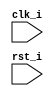
`timescale 1ns / 1ps
//Subject:     Architecture Project1 - Simulator
//--------------------------------------------------------------------------------
//Version:     1
//--------------------------------------------------------------------------------
//Writer:      
//----------------------------------------------
//Date:        
//----------------------------------------------
//Description: 
//--------------------------------------------------------------------------------
module Simulator(
        clk_i,
		rst_i
		);

//Parameter
`define INSTR_NUM 256
`define DATA_NUM 256
//instuction define
//R-type
`define ADD 6'h20
`define SUB 6'h22
`define AND 6'h24
`define OR 6'h25
`define SLT 6'h2A
//I-type
`define ADDI 6'h08
`define LW 6'h23
`define SW 6'h2B
`define SLTI 6'h0A
`define BEQ 6'h04


//I/O ports
input clk_i;
input rst_i;  

//DO NOT CHANGE SIZE, NAME
reg [32-1:0] Instr_Mem [0:`INSTR_NUM-1];
reg [32-1:0] Data_Mem [0:`DATA_NUM-1];
reg signed [32-1:0] Reg_File [0:32-1];

//Register
reg [32-1:0] instr;
reg [32-1:0] pc_addr;
reg [6-1:0]op;
reg [5-1:0]rs;
reg [5-1:0]rt;
reg [5-1:0]rd;
reg [5-1:0]shamt;
reg [6-1:0]func;
reg [15:0]imm;
integer i;

//Task
task decode;
	begin
		op = instr[31:26];
		rs = instr[25:21];
		rt = instr[20:16];
		rd = instr[15:11];
		shamt = instr[10:6];
		func = instr[5:0];
		imm =instr[15:0];
	end
endtask

//Main function
//wire [31:0] neg_addi;
//assign neg_addi = {{16{~instr[15]}}, (!instr[15:0])+16'd1};

always @(posedge clk_i or negedge rst_i) begin
	if(rst_i == 0) begin
		for(i=0; i<32; i=i+1)
			Reg_File[i] = 32'd0;	
		
		for(i=0;i<256;i=i+1)
			Data_Mem[i] = 32'd0;
		pc_addr = 32'd0;
		
	end
	else begin
		instr = Instr_Mem[pc_addr/4];
		decode;
		if(op == 6'd0)begin //R-type
			case(func)
				`ADD: begin
					Reg_File[rd] = Reg_File[rs] + Reg_File[rt];
				end
				`SUB:begin
					Reg_File[rd] = Reg_File[rs] - Reg_File[rt];
				end
				`AND:begin
					Reg_File[rd] = Reg_File[rs] & Reg_File[rt];
				end
				`OR:begin
					Reg_File[rd] = Reg_File[rs] | Reg_File[rt];
				end
				`SLT:begin
					if(Reg_File[rs]<Reg_File[rt])begin
						Reg_File[rd] = 32'd1;
					end else begin
						Reg_File[rd] = 32'd0;
					end					
				end
			endcase
		end
		else begin //I-type
			case(op)
				`ADDI:begin
					Reg_File[rt] = Reg_File[rs] + {{16{imm[15]}},imm};
				end
				`LW:begin
					Reg_File[rt] = Data_Mem[Reg_File[rs]+{{16{imm[15]}},imm}];
				end
				`SW:begin
					Data_Mem[Reg_File[rs]+{{16{imm[15]}},imm}] = Reg_File[rt];
				end
				`SLTI:begin
					if(Reg_File[rs]<{{16{imm[15]}},imm})begin
						Reg_File[rt] = 32'd1;
					end else begin
						Reg_File[rt] = 32'd0;
					end		
				end
				`BEQ:begin
					if(Reg_File[rs]==Reg_File[rt])begin
						pc_addr = pc_addr + 4*{{16{imm[15]}},imm};
					end else begin
						pc_addr = pc_addr;
					end
				end
			endcase
		end
		pc_addr = pc_addr + 32'd4;
	end
end
endmodule